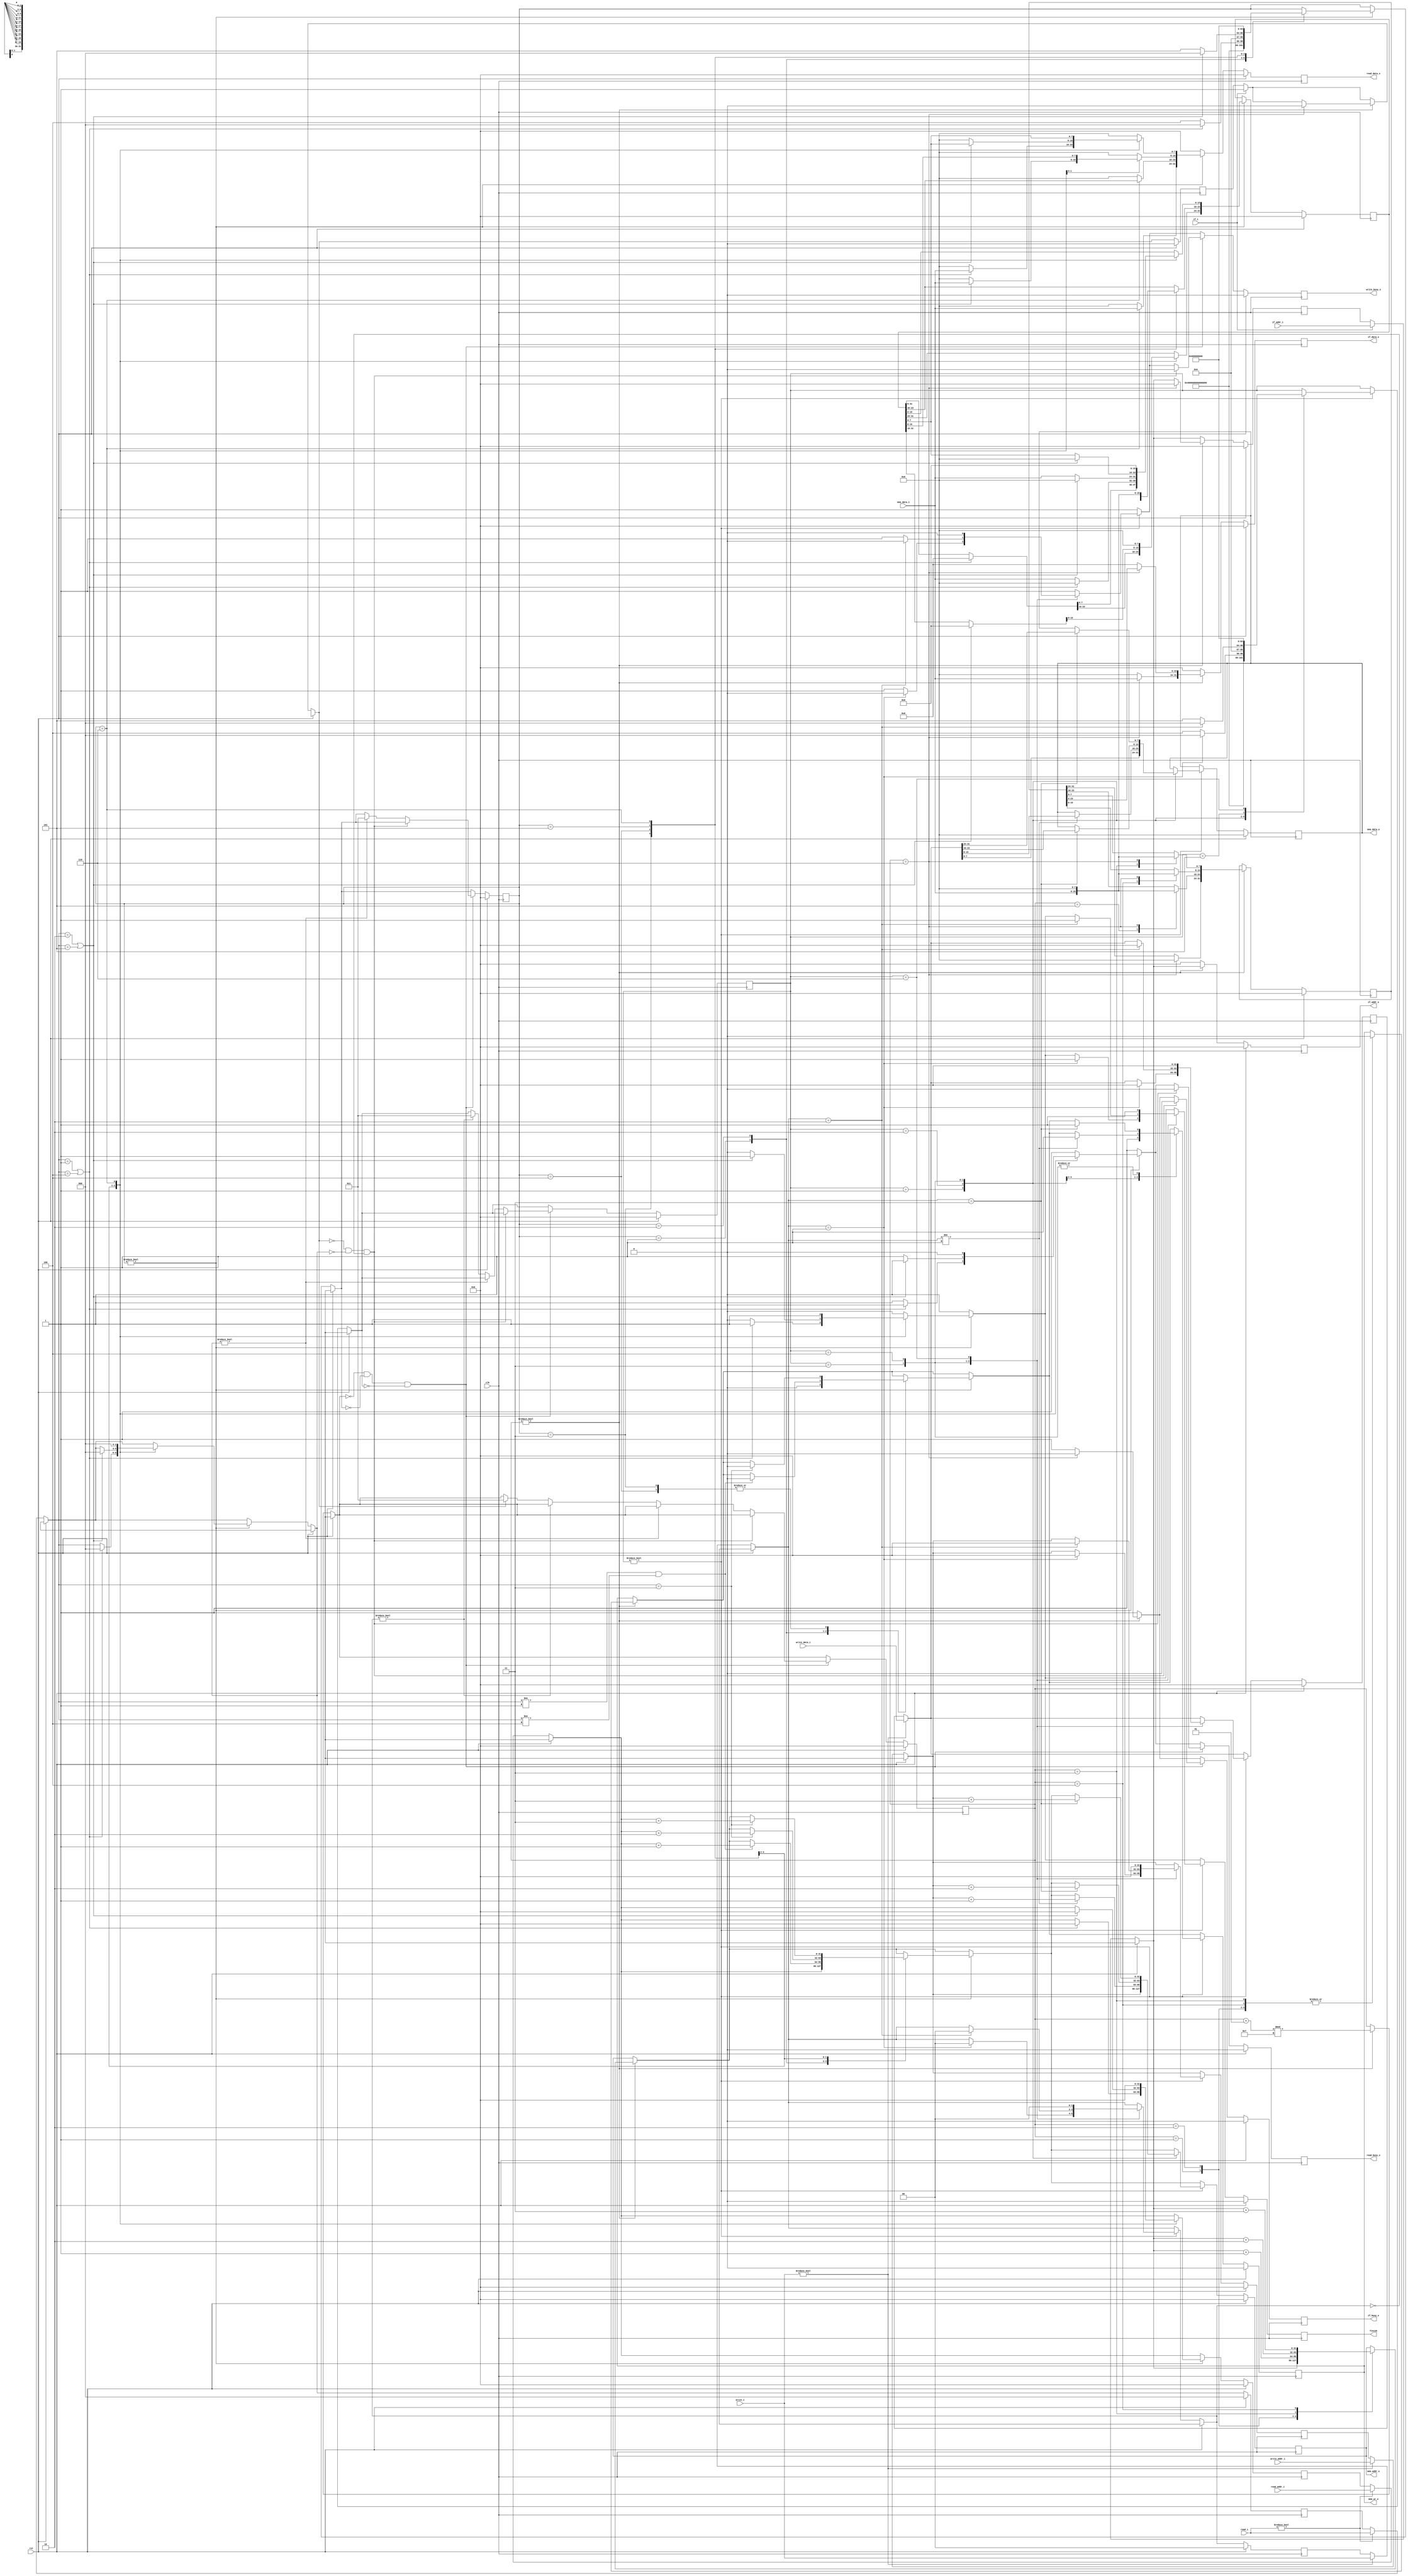
module mem_controller(
    input wire clk,
    input wire rst,
    //mem
    input wire[7:0] mem_data_i,
    output reg[31:0] mem_addr_o,
    output reg[7:0] mem_data_o,
    output reg mem_wr_o,
    //if
    input wire if_i,
    input wire[31:0] if_addr_i,
    output reg[31:0] if_addr_o,
    output reg if_busy_o,
    output reg[31:0] if_data_o,
    //load
    output reg finish,
    input wire[2:0] read_i,
    input wire[31:0] read_addr_i,
    output reg read_busy_o,
    output reg[31:0] read_data_o,
    //store
    input wire[1:0] write_i,
    input wire[31:0] write_addr_i,
    input wire[31:0] write_data_i,
    output reg write_busy_o
);

//
integer if_en;
reg if_num_reg;
reg[31:0] if_addr_reg;
reg[31:0] if_data_reg;
//
integer read_en;
reg[2:0] read_num_reg;
reg[31:0] read_addr_reg;
reg[31:0] read_data_reg;
//
integer write_en;
reg[1:0] write_num_reg;
reg[31:0] write_addr_reg;
reg[31:0] write_data_reg;

    //mem
    always@(posedge clk) begin
        if(rst == 1'b1) begin
            finish = 1'b0;
            mem_addr_o = 32'h0;
            mem_data_o = 32'h0;
            mem_wr_o = 1'b0;
            if_addr_o = 32'h0;
            if_data_o = 32'h0;
            if_busy_o = 1'b0;
            read_busy_o = 1'b0;
            read_data_o = 32'h0;
            write_busy_o = 1'b0;
            if_en = 0;
            if_num_reg = 1'b0;
            if_addr_reg = 32'h0;
            if_data_reg = 32'h0;
            read_en = 0;
            read_num_reg = 3'b0;
            read_addr_reg = 32'h0;
            read_data_reg = 32'h0;
            write_en = 0;
            write_num_reg = 2'b0;
            write_addr_reg = 32'h0;
            write_data_reg = 32'h0;
        end else begin
            if_addr_o = 32'h0;
            if_data_o = 32'h0;
            if_busy_o = 1'b1;
            read_busy_o = 1'b1;
            read_data_o = 32'h0;
            write_busy_o = 1'b1;
            finish = 1'b0;
            if(if_i != 1'b0) begin
                if_num_reg = 1'b1;
                if_addr_reg = if_addr_i;
                if_busy_o = 1'b1;
            end
            if(read_i != 3'b0) begin
                read_num_reg = read_i;
                read_addr_reg = read_addr_i;
                read_busy_o = 1'b1;
            end
            if(write_i != 2'b0) begin
                write_num_reg = write_i;
                write_addr_reg = write_addr_i;
                write_data_reg = write_data_i;
                write_busy_o = 1'b1;
            end
            if(if_en != 0) begin
                if_addr_o = if_addr_reg;
                case(if_en)
                1: begin
                    mem_addr_o = if_addr_reg;
                    mem_wr_o = 1'b0;
                end
                2: begin
                    mem_addr_o = if_addr_reg + 1;
                    mem_wr_o = 1'b0;
                end
                3: begin
                    mem_addr_o = if_addr_reg + 2;
                    mem_wr_o = 1'b0;
                    if_data_reg[7:0] = mem_data_i;
                end
                4: begin
                    mem_addr_o = if_addr_reg + 3;
                    mem_wr_o = 1'b0;
                    if_data_reg[15:8] = mem_data_i;
                end
                5: begin
                    if_data_reg[23:16] = mem_data_i;
                end
                6: begin
                    if_data_o[31:24] = mem_data_i;
                    if_data_o[23:0] = if_data_reg[23:0];
                    if_num_reg = 1'b0;
                    if_addr_reg = 32'h0;
                    if_data_reg = 32'h0;
                    if_busy_o = 1'b0;
                end
                endcase
                if_en = (if_en + 1) % 7;
            end
            if(read_en != 0) begin
                case(read_en)
                1: begin
                    mem_addr_o = read_addr_reg;
                    mem_wr_o = 1'b0;
                    read_en = 2;
                end
                2: begin
                    if(read_num_reg != 3'b001 && read_num_reg != 3'b100) begin
                        mem_addr_o = read_addr_reg + 1;
                        mem_wr_o = 1'b0;
                    end
                    read_en = 3;
                end
                3: begin
                    if(read_num_reg == 3'b011) begin
                        mem_addr_o = read_addr_reg + 2;
                        mem_wr_o = 1'b0;
                    end
                    if(read_num_reg == 3'b001 || read_num_reg == 3'b100) begin
                        read_data_o[7:0] = mem_data_i;
                        read_addr_reg = 32'h0;
                        read_data_reg = 32'h0;
                        read_num_reg = 3'b000;
                        read_en = 0;
                        read_busy_o = 1'b0;
                        finish = 1'b1;
                    end else begin
                        read_data_reg[7:0] = mem_data_i;
                        read_en = 4;
                    end
                end
                4: begin
                    if(read_num_reg == 3'b011) begin
                        mem_addr_o = read_addr_reg + 3;
                        mem_wr_o = 1'b0;
                    end
                    if(read_num_reg == 3'b010 || read_num_reg == 3'b101) begin
                        read_data_o[15:8] = mem_data_i;
                        read_data_o[7:0] = read_data_reg[7:0];
                        read_addr_reg = 32'h0;
                        read_data_reg = 32'h0;
                        read_num_reg = 3'b000;
                        read_en = 0;
                        read_busy_o = 1'b0;
                        finish = 1'b1;
                    end else begin
                        read_data_reg[15:8] = mem_data_i;
                        read_en = 5;
                    end
                end
                5: begin
                    read_data_reg[23:16] = mem_data_i;
                    read_en = 6;
                end
                6: begin 
                    read_data_o[31:24] = mem_data_i;
                    read_data_o[23:0] = read_data_reg[23:0];
                    read_addr_reg = 32'h0;
                    read_data_reg = 32'h0;
                    read_num_reg = 3'b000;
                    read_en = 0;
                    read_busy_o = 1'b0;
                    finish = 1'b1;
                end
                endcase
            end
            if(write_en != 0) begin
                case(write_en)
                1: begin
                    mem_addr_o = write_addr_reg;
                    mem_data_o = write_data_reg[7:0];
                    mem_wr_o = 1'b1;
                    write_en = 2;
                end
                2: begin
                    if(write_num_reg != 2'b01) begin
                        mem_addr_o = write_addr_reg + 1;
                        mem_data_o = write_data_reg[15:8];
                        mem_wr_o = 1'b1;
                    end
                    write_en = 3;
                end
                3: begin
                    if(write_num_reg == 2'b11) begin
                        mem_addr_o = write_addr_reg + 2;
                        mem_data_o = write_data_reg[23:16];
                        mem_wr_o = 1'b1;
                    end
                    if(write_num_reg == 2'b01) begin
                        write_addr_reg = 32'h0;
                        write_data_reg = 32'h0;
                        write_num_reg = 3'b000;
                        write_en = 0;
                        write_busy_o = 1'b0;
                        finish = 1'b1;
                    end else begin
                        write_en = 4;
                    end
                end
                4: begin
                    if(write_num_reg == 2'b11) begin
                        mem_addr_o = write_addr_reg + 3;
                        mem_data_o = write_data_reg[31:24];
                        mem_wr_o = 1'b1;
                    end
                    if(write_num_reg == 2'b10) begin
                        write_addr_reg = 32'h0;
                        write_data_reg = 32'h0;
                        write_num_reg = 3'b000;
                        write_en = 0;
                        write_busy_o = 1'b0;
                        finish = 1'b1;
                    end else begin
                        write_en = 5;
                    end
                end
                5: begin
                    write_en = 6;
                end
                6: begin
                    write_addr_reg = 32'h0;
                    write_data_reg = 32'h0;
                    write_num_reg = 3'b000;
                    write_en = 0;
                    write_busy_o = 1'b0;
                    finish = 1'b1;
                end
                endcase
            end
            if(if_en == 1'b0 && read_en == 3'b000 && write_en == 2'b00) begin
                if(if_num_reg == 1'b0 && read_num_reg == 3'b000 && write_num_reg == 2'b00) begin
                    if_busy_o = 1'b0;
                    read_busy_o = 1'b0;
                    write_busy_o = 1'b0;
                end else if(read_num_reg != 3'b000) begin
                        read_en = 1;
                    end else if(write_num_reg != 2'b00) begin
                        write_en = 1;
                    end else if(if_num_reg != 1'b0) begin
                        if_en = 1;
                    end
            end
        end
    end

endmodule